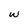
Character: w